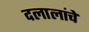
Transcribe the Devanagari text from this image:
दलालांचे